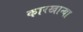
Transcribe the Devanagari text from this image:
कारखान्या